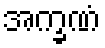
အက္ခဏံ